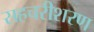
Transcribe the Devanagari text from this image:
सहचरीशरण